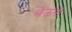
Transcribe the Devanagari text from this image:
लेऊनी